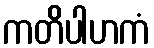
ကတိပါဟကံ